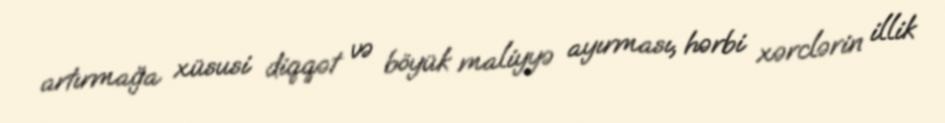
artırmağa xüsusi diqqət və böyük maliyyə ayırması, hərbi xərclərin illik